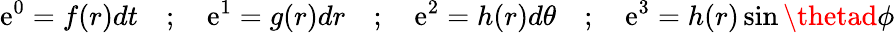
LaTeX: \mathrm{e}^{0}=f(r)dt\quad;\quad\mathrm{e}^{1}=g(r)dr\quad;\quad\mathrm{e}^{2}=h(r)d\theta\quad;\quad\mathrm{e}^{3}=h(r)\sin\thetad\phi